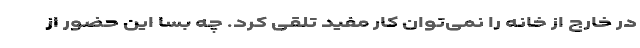
در خارج از خانه را نمی‌توان کار مفید تلقی کرد. چه بسا این حضور از